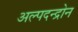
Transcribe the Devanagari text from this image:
अल्पदन्द्रोन